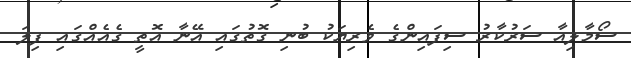
ސޯމާލިއާ ސަރުކާރު ސިފައިންގެ ވެރިޔަކު ބުނި ގޮތުގައި އޭނާ އޮތީ ގެއެއްގައި ފިލަ